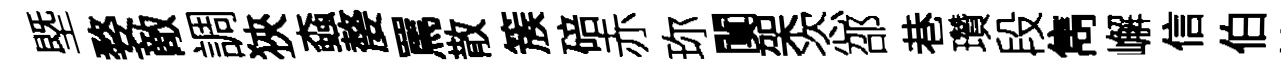
塈婺敵調狹螙嫠罵散簇碚赤珎闃架恣邵巷瓚段雋嶰信伯簀